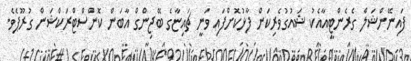
ފައިނޭންޝަލް ގެރެންޓީއާއެކު ޝައުގުވެރިކަން ފާޅުކޮށްފައި ވަނީ ޗައިޏާގެ ބޭޖިންގް އާބަން ކޮންސްޓްރަކްޝަން ގުރޫޕެވެ.